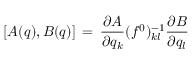
\lbrack A ( q ) , B ( q ) \rbrack \, = \, { \frac { \partial A } { \partial q _ { k } } } ( f ^ { 0 } ) _ { k l } ^ { - 1 } { \frac { \partial B } { \partial q _ { l } } }